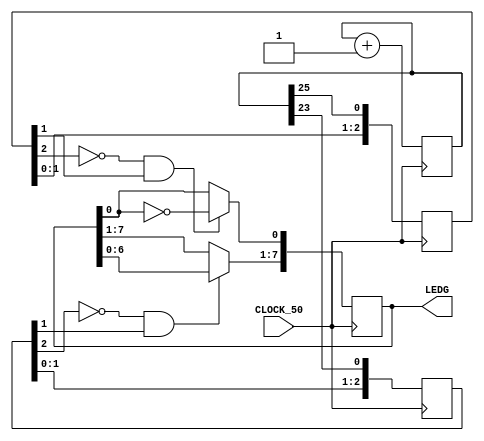
module  basic (CLOCK_50,LEDG);

input                CLOCK_50;
output  reg   [7:0]  LEDG;

reg [2:0] key0_dly;

reg [2:0] key1_dly;

reg [27:0] counter_inc;



always@(posedge CLOCK_50)
begin

 if(!key0_dly[2] && key0_dly[1])
   LEDG[0]  <= ~LEDG[0]; 
  
 if(!key1_dly[2] && key1_dly[1])
  LEDG[7:1]  <=  LEDG[6:0];
 
  key0_dly <= {key0_dly[1:0],counter_inc[25]};
  key1_dly <= {key1_dly[1:0],counter_inc[23]};
  
  counter_inc <= counter_inc+28'b1;
  
end
  
endmodule